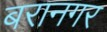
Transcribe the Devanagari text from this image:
बरानगर